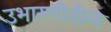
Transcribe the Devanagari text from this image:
उभारणीतील